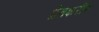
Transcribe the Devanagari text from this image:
प्रेतशरीर